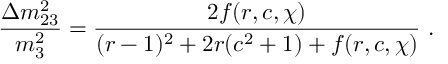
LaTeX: \frac { { \Delta } m _ { 2 3 } ^ { 2 } } { m _ { 3 } ^ { 2 } } = \frac { 2 f ( r , c , \chi ) } { ( r - 1 ) ^ { 2 } + 2 r ( c ^ { 2 } + 1 ) + f ( r , c , \chi ) } \, \, .